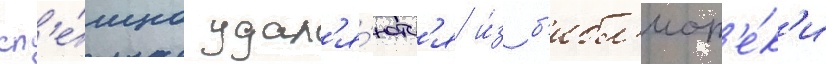
сп'е́шно удал'я́ютс'я и́з б'ибл'иот'е́к'и